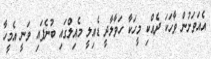
އެއަވަށުން ވާހަކަ ދެއްކި މީހަކާ ހަވާލާދީ ޑެއިލީ މެއިލްގައި ބުނެފައި ވަނީ އެމީހާ